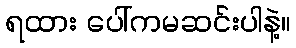
ရထား ပေါ်ကမဆင်းပါနဲ့။